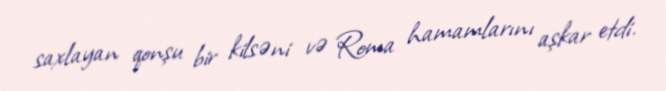
saxlayan qonşu bir kilsəni və Roma hamamlarını aşkar etdi.